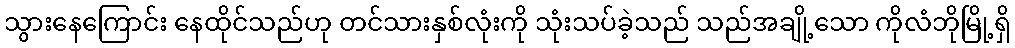
သွားနေကြောင်း နေထိုင်သည်ဟု တင်သားနှစ်လုံးကို သုံးသပ်ခဲ့သည် သည်အချို့သော ကိုလံဘိုမြို့ရှိ